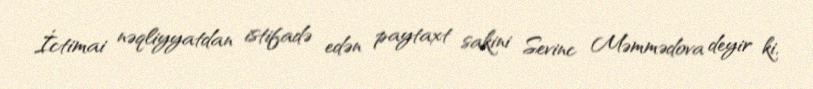
İctimai nəqliyyatdan istifadə edən paytaxt sakini Sevinc Məmmədova deyir ki,